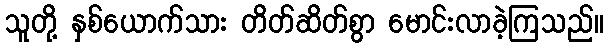
သူတို့ နှစ်ယောက်သား တိတ်ဆိတ်စွာ မောင်းလာခဲ့ကြသည်။